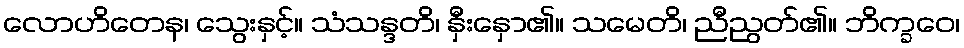
လောဟိတေန၊ သွေးနှင့်။ သံသန္ဒတိ၊ နှီးနှော၏။ သမေတိ၊ ညီညွတ်၏။ ဘိက္ခဝေ၊